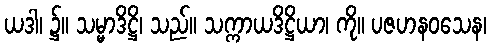
ယဒါ၊ ၌။ သမ္မာဒိဋ္ဌိ၊ သည်။ သက္ကာယဒိဋ္ဌိယာ၊ ကို။ ပဇဟနဝသေန၊